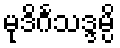
မုဒိင်္ဂသဒ္ဒမ္ပိ